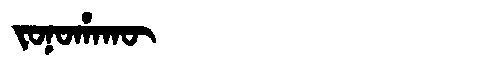
Manchu: ᠵᠣᠨᠣᡥᠠᡴᡡ
Romanization: JONOHAKŪ